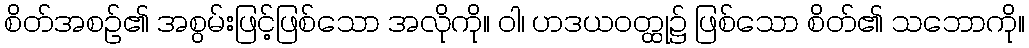
စိတ်အစဉ်၏ အစွမ်းဖြင့်ဖြစ်သော အလိုကို။ ဝါ၊ ဟဒယဝတ္ထု၌ ဖြစ်သော စိတ်၏ သဘောကို။